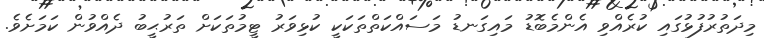
މިދަތުރުފުޅުގައި ކުރެއްވި އެންމެބޮޑު މައިގަނޑު މަސައްކަތްތަކަކީ ކުޅިވަރު ޓީމުތަކަށް ތަރުޙީބު ދެއްވުން ކަމަށެވެ.